King Institute of Preventive Medicine Micro-Biological Section reports 1912-19
Year: 1912
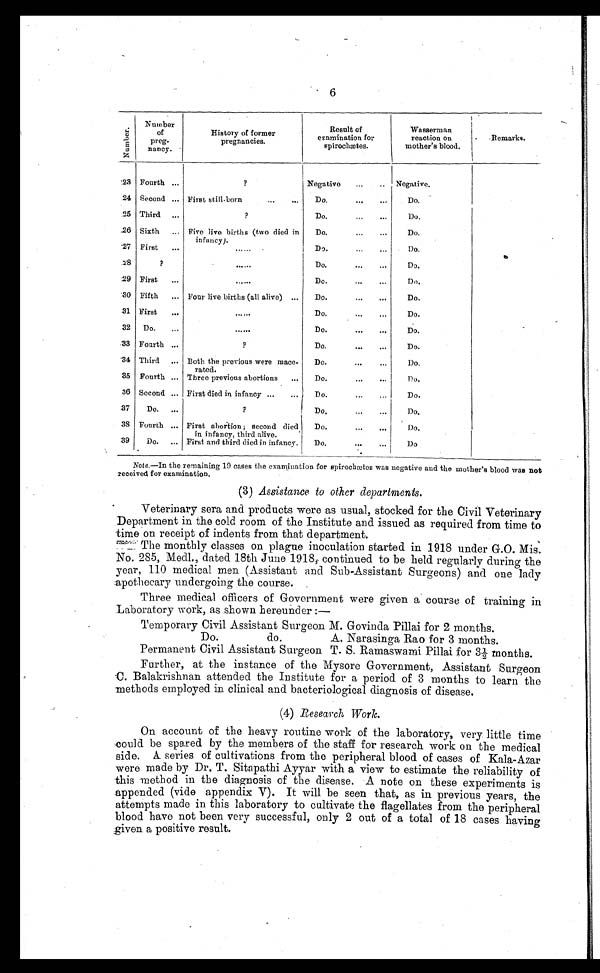
6
N u m b e r .
Number
of
preg-
nancy.
History of former
pregnancies.
Result of
examination for
spirochætes.
Wasserman
reaction on
mother's blood.
Remarks.
23 Fourth . . .
?
Negative . . .
Negative.
24 Second . . . First still-born . . .
Do. . . .
Do.
25 Third . . .
?
Do. . . .
Do.
26 Sixth . . . Five live births (two died in
infancy).
Do. . . .
Do.
27 First . . .
. . .
Do. . . .
Do.
28
?
. . .
Do. . . .
Do.
29 First . . .
. . .
Do. . . .
Do.
30 Fifth . . . Four live births (all alive) . . . Do. . . .
Do.
31 First . . .
. . .
Do. . . .
Do.
32
Do. . . .
. . .
Do. . . .
Do.
33 Fourth . . .
?
Do. . . .
Do.
34 Third . . . Both the previous were mace-
rated.
Do. . . .
Do.
35 Fourth . . . Three previous abortions . . .
Do.
. . .
Do.
36 Second . . . First died in infancy . . . Do. . . .
Do.
37
Do. . . .
?
Do. . . .
Do.
38 Fourth . . . First abortion; second died
in infancy, third alive.
Do. . . .
Do.
39
Do. . . . First and third died in infancy.
Do. . . .
Do.
Note .—In the remaining 19 cases the examination for spirochætes was negative and the mother's blood was not
received for examination.
(3) Assistance to other departments.
Veterinary sera and products were as usual, stocked for the Civil Veterinary
Department in the cold room of the Institute and issued as required from time to
time on receipt of indents from that department.
The monthly classes on plague inoculation started in 1918 under G.O. Mis.
No. 285, Medl., dated 18th June 1918, continued to be held regularly during the
year, 110 medical men (Assistant and Sub-Assistant Surgeons) and one lady
apothecary undergoing the course.
Three medical officers of Government were given a course of training in
Laboratory work, as shown hereunder:
—
Temporary Civil Assistant Surgeon M. Govinda Pillai for 2 months.
Do.
do.
A. Narasinga Rao for 3 months.
Permanent Civil Assistant Surgeon. T. S. Ramaswami Pillai for 3½ months.
Further, at the instance of the Mysore Government, Assistant Surgeon
C.Balakrishnan attended the Institute for a period of 3 months to learn the
methods employed in clinical and bacteriological diagnosis of disease.
(4) Research Work.
On account of the heavy routine work of the laboratory, very little time
could be spared by the members of the staff for research work on the medical
side. A series of cultivations from the peripheral blood of cases of Kala-Azar
were made by Dr. T. Sitapathi Ayyar with a view to estimate the reliability of
this method in the diagnosis of the disease. A note on these experiments is
appended (vide appendix V). It will be seen that, as in previous years, the
attempts made in this laboratory to cultivate the flagellates from the peripheral
blood have not been very successful, only 2 out of a total of 18 cases having
given a positive result.